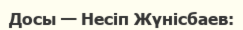
Досы — Несіп Жүнісбаев: